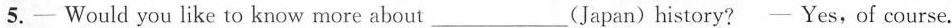
5.- Would you like to know more about___ (Japan) history?— Yes, of course.